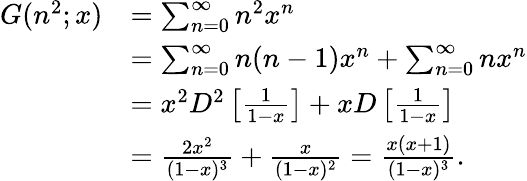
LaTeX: {\begin{array}{rl}{G(n^{2};x)}&{=\sum_{n=0}^{\infty}n^{2}x^{n}}\\ &{=\sum_{n=0}^{\infty}n(n-1)x^{n}+\sum_{n=0}^{\infty}nx^{n}}\\ &{=x^{2}D^{2}\left[{\frac{1}{1-x}}\right]+xD\left[{\frac{1}{1-x}}\right]}\\ &{={\frac{2x^{2}}{(1-x)^{3}}}+{\frac{x}{(1-x)^{2}}}={\frac{x(x+1)}{(1-x)^{3}}}.}\end{array}}